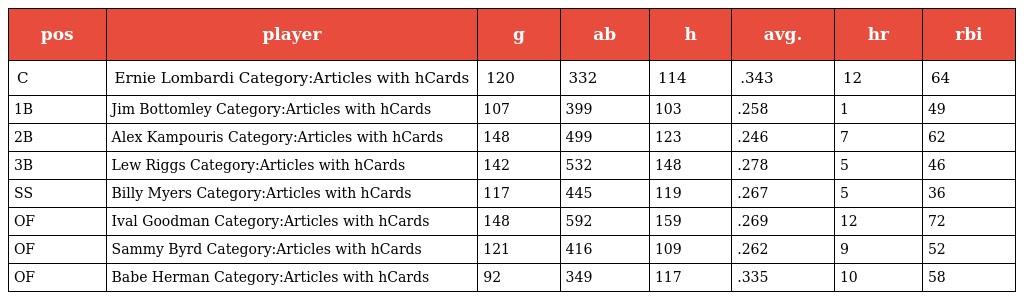
| pos | player | g | ab | h | avg. | hr | rbi |
 | --- | --- | --- | --- | --- | --- | --- | --- |
 | C | Ernie Lombardi Category:Articles with hCards | 120 | 332 | 114 | .343 | 12 | 64 |
 | 1B | Jim Bottomley Category:Articles with hCards | 107 | 399 | 103 | .258 | 1 | 49 |
 | 2B | Alex Kampouris Category:Articles with hCards | 148 | 499 | 123 | .246 | 7 | 62 |
 | 3B | Lew Riggs Category:Articles with hCards | 142 | 532 | 148 | .278 | 5 | 46 |
 | SS | Billy Myers Category:Articles with hCards | 117 | 445 | 119 | .267 | 5 | 36 |
 | OF | Ival Goodman Category:Articles with hCards | 148 | 592 | 159 | .269 | 12 | 72 |
 | OF | Sammy Byrd Category:Articles with hCards | 121 | 416 | 109 | .262 | 9 | 52 |
 | OF | Babe Herman Category:Articles with hCards | 92 | 349 | 117 | .335 | 10 | 58 |